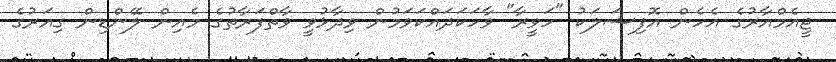
ޖީއެމްއާރުގެ އެހެން އޮފިޝަލަކު "ހަވީރާ" ވާހަކަދައްކަވަމުން ވިދާޅުވީ ވާތްފަރާތުގެ މެއިން ލޭންޑިން ގިއަރުގެ